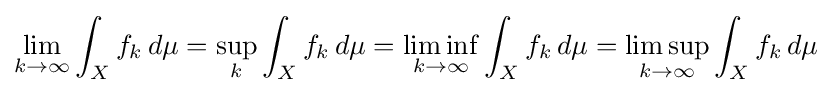
\displaystyle \lim _{k\to \infty }\int _{X}f_{k}\,d\mu =\sup _{k}\int _{X}f_{k}\,d\mu =\liminf _{k\to \infty }\int _{X}f_{k}\,d\mu =\limsup _{k\to \infty }\int _{X}f_{k}\,d\mu